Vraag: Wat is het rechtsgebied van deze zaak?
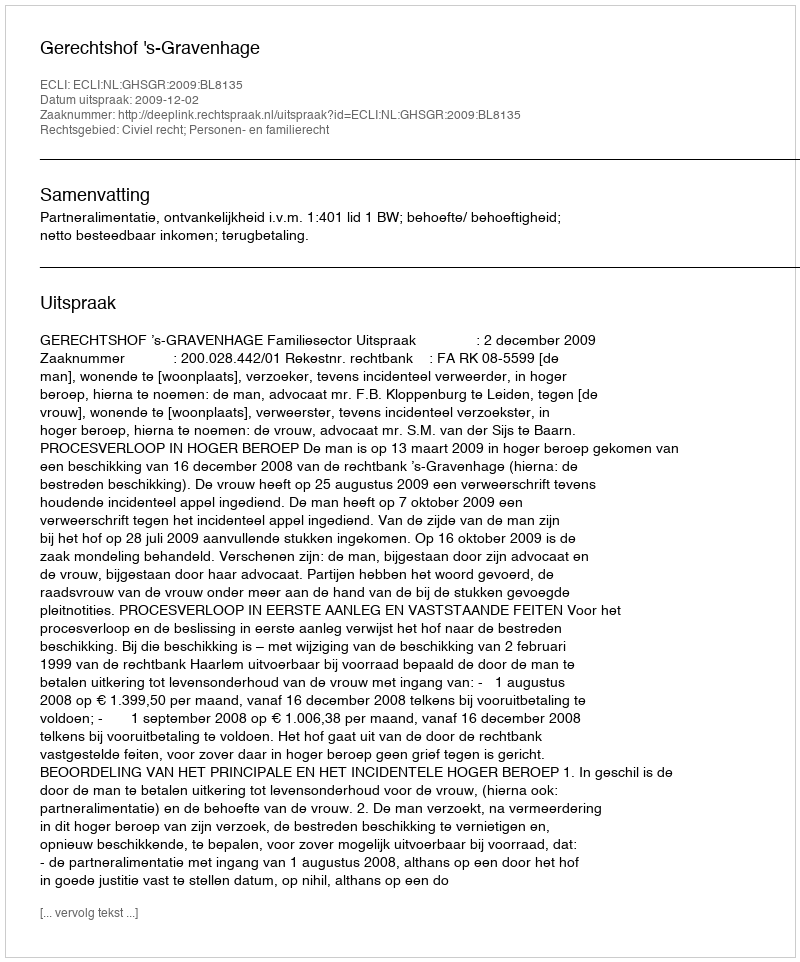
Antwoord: Civiel recht; Personen- en familierecht